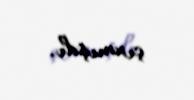
çıxmışdı.